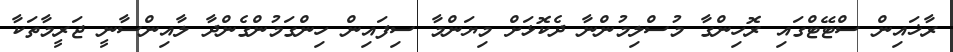
ރާޚައިން ސްޓޭޓްގައި ރޮހިންގާ މުސްލިމުންނާ ދެކޮޅަށް މިޔަންމާ ސިފައިން ހިންގަމުންގެންދާ ލާއިންސާނީ ޖަރީމާތަކާ